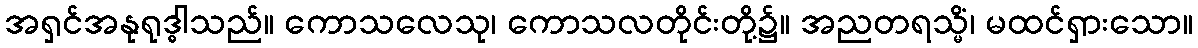
အရှင်အနုရုဒ္ဓါသည်။ ကောသလေသု၊ ကောသလတိုင်းတို့၌။ အညတရသ္မိံ၊ မထင်ရှားသော။